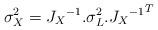
LaTeX: \begin{align*}\sigma_X^2={J_X}^{-1}.\sigma_L^2.{{J_X}^{-1}}^T \end{align*}